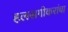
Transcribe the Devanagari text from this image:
हलसगीकरांचा